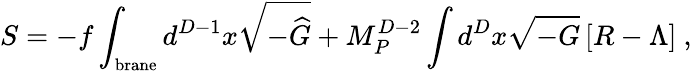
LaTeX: S=-f\int_{\mathrm{{\small brane}}}d^{D-1}x\sqrt{-{\widehat G}}+M_{P}^{D-2}\int d^{D}x\sqrt{-G}\left[R-\Lambda\right]~,